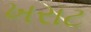
ખરાટ